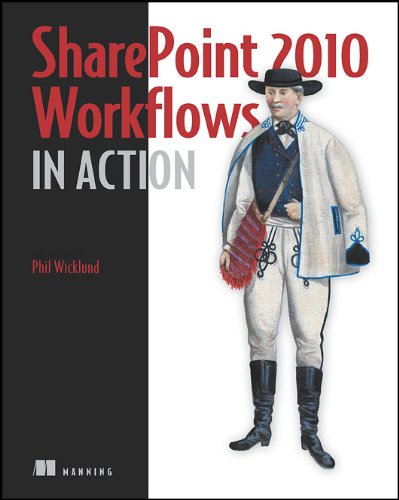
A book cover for SharePoint 2010 Workflows in Action; Phil Wicklund; Computers & Technology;